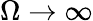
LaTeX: \Omega\to\infty